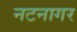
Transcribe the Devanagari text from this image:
नटनागर